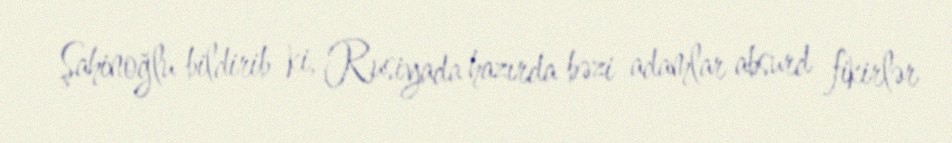
Şahinoğlu bildirib ki, Rusiyada hazırda bəzi adamlar absurd fikirlər